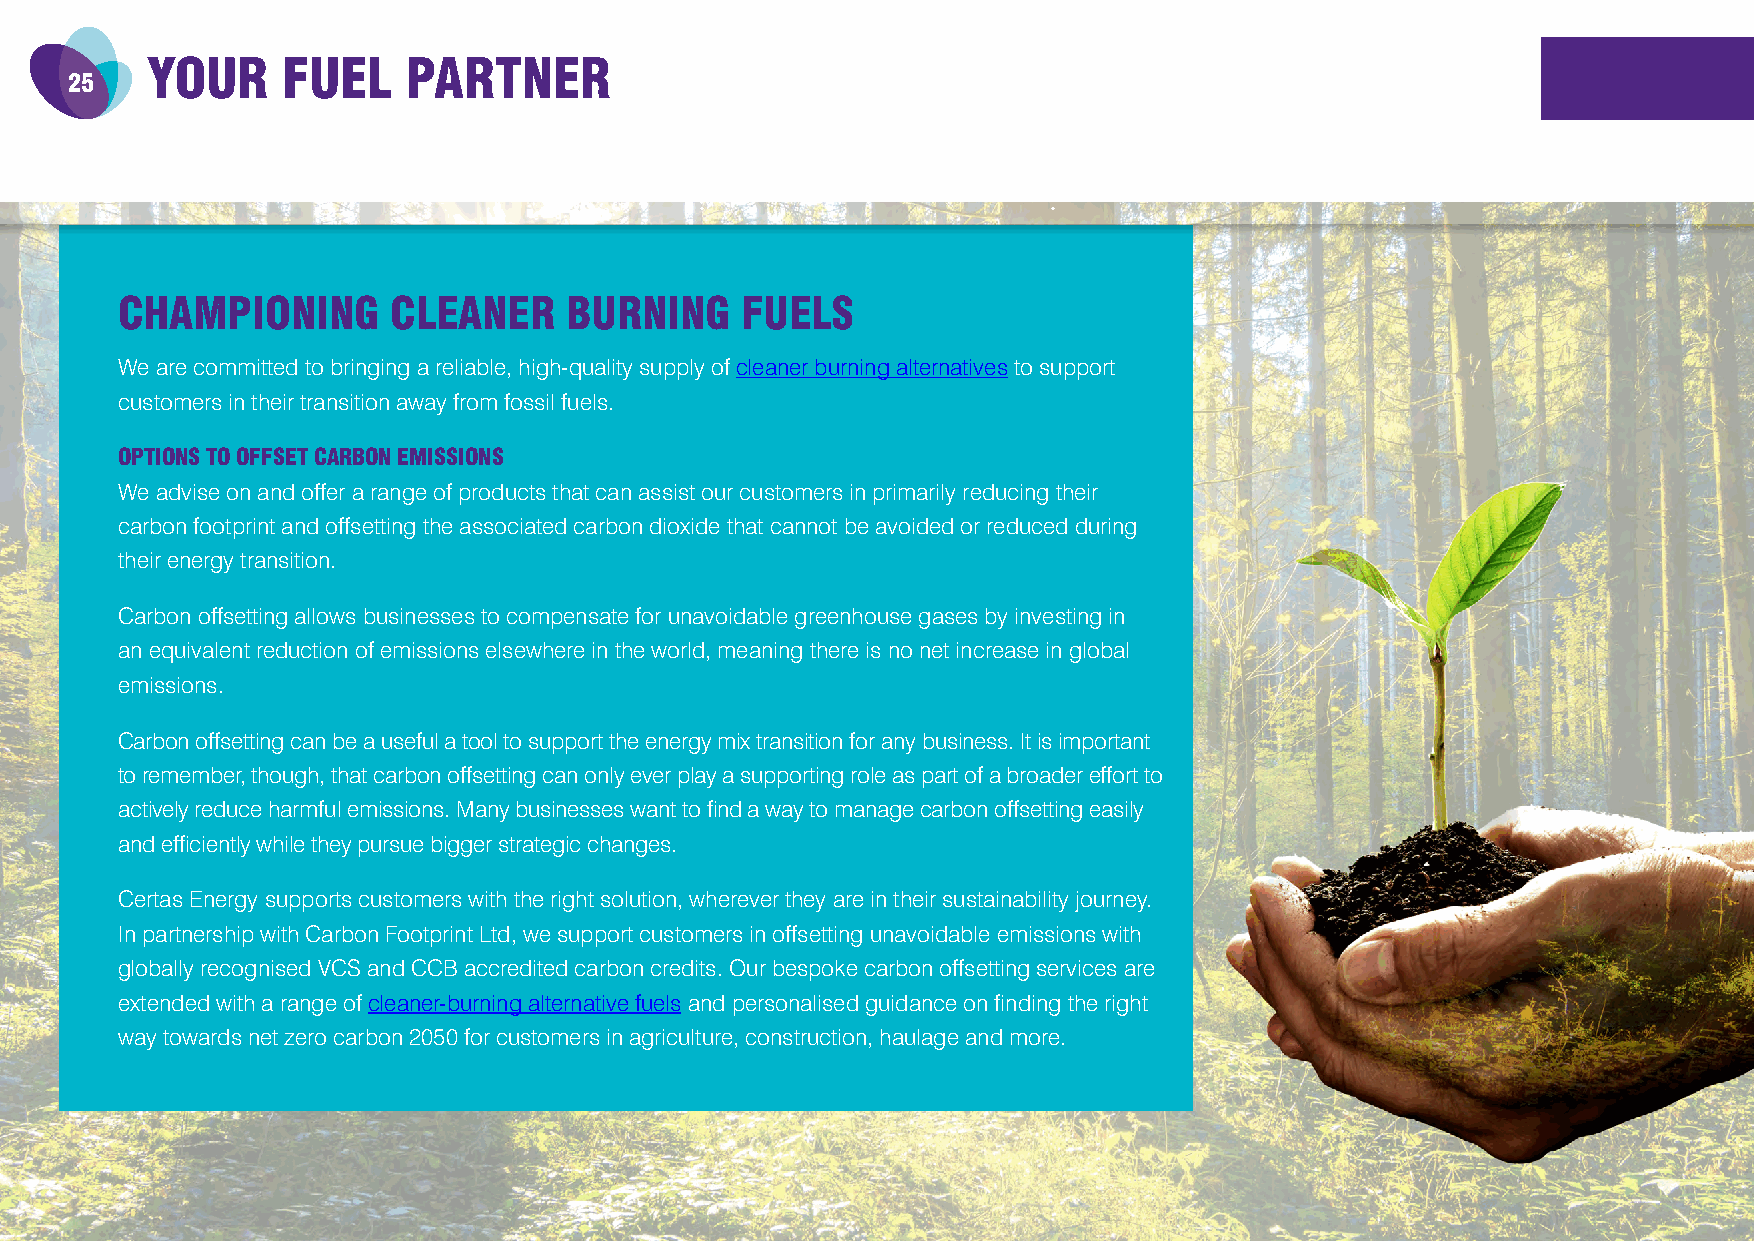
YOUR     FUEL    PARTNER
 25
 CHAMPIONING       CLEANER    BURNING     FUELS
 We are committed to bringing a reliable, high-quality supply of cleaner burning alternatives to support
 customers in their transition away from fossil fuels.
 OPTIONS TO OFFSET CARBON EMISSIONS
 We advise on and offer a range of products that can assist our customers in primarily reducing their
 carbon footprint and offsetting the associated carbon dioxide that cannot be avoided or reduced during
 their energy transition.
 Carbon offsetting allows businesses to compensate for unavoidable greenhouse gases by investing in
 an equivalent reduction of emissions elsewhere in the world, meaning there is no net increase in global
 emissions.
 Carbon offsetting can be a useful a tool to support the energy mix transition for any business. It is important
 to remember, though, that carbon offsetting can only ever play a supporting role as part of a broader effort to
 actively reduce harmful emissions. Many businesses want to find a way to manage carbon offsetting easily
 and efficiently while they pursue bigger strategic changes.
 Certas Energy supports customers with the right solution, wherever they are in their sustainability journey.
 In partnership with Carbon Footprint Ltd, we support customers in offsetting unavoidable emissions with
 globally recognised VCS and CCB accredited carbon credits. Our bespoke carbon offsetting services are
 extended with a range of cleaner-burning alternative fuels and personalised guidance on finding the right
 way towards net zero carbon 2050 for customers in agriculture, construction, haulage and more.